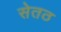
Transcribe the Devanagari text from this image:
सेतठ